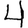
Digit: 4